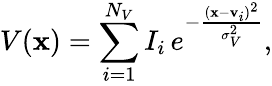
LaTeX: V(\mathbf{x})=\sum_{i=1}^{N_{V}}I_{i}\, e^{-\frac{(\mathbf{x}-{\mathbf v}_{i})^{2}}{\sigma_{V}^{2}}},